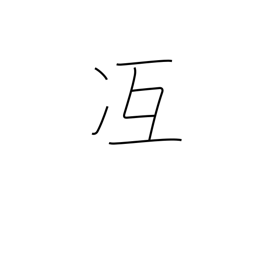
Meaning: attain skill